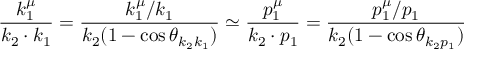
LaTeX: \frac { k _ { 1 } ^ { \mu } } { k _ { 2 } \cdot k _ { 1 } } = \frac { k _ { 1 } ^ { \mu } / k _ { 1 } } { k _ { 2 } ( 1 - \cos \theta _ { k _ { 2 } k _ { 1 } } ) } \simeq \frac { p _ { 1 } ^ { \mu } } { k _ { 2 } \cdot p _ { 1 } } = \frac { p _ { 1 } ^ { \mu } / p _ { 1 } } { k _ { 2 } ( 1 - \cos \theta _ { k _ { 2 } p _ { 1 } } ) }